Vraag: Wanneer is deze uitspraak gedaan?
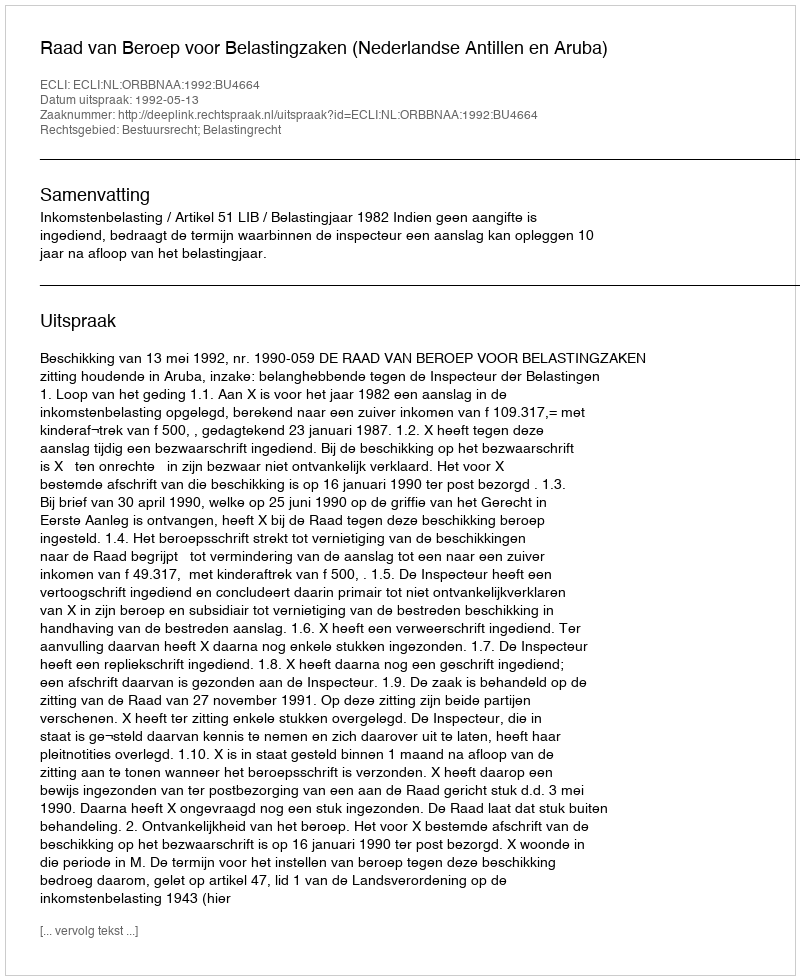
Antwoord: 1992-05-13